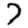
Digit: 7